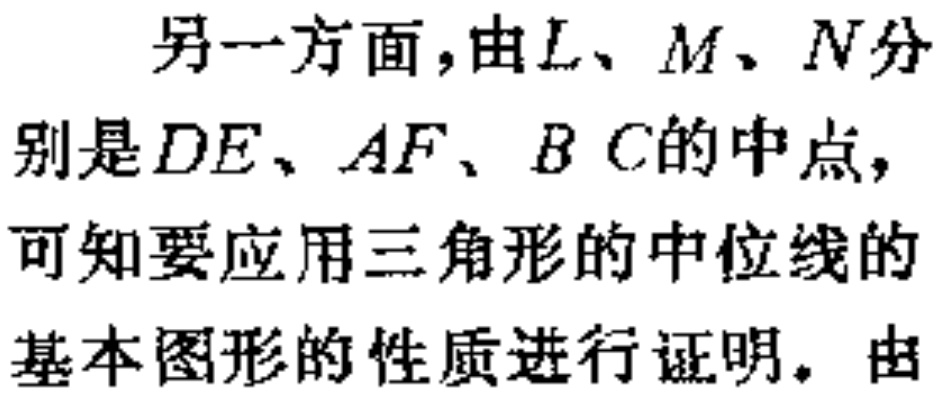
另一方面，由\(L、M、N\)分别是\(DE、AF、BC\)的中点，可知要应用三角形的中位线的基本图形的性质进行证明。由